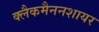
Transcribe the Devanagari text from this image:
क्लैकमैननशायर